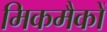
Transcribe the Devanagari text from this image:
मिकमैकों